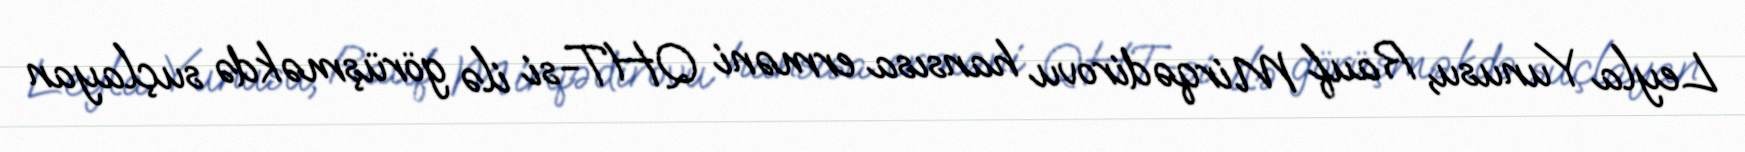
Leyla Yunusu, Rauf Mirqədirovu hansısa erməni QHT-si ilə görüşməkdə suçlayan